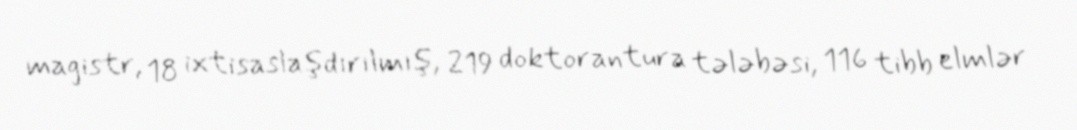
magistr, 18 ixtisaslaşdırılmış, 219 doktorantura tələbəsi, 116 tibb elmlər